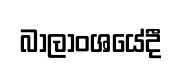
බාලාංශයේදී